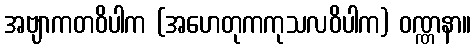
အဗျာကတဝိပါက (အဟေတုကကုသလဝိပါက) ဝဏ္ဏနာ။